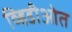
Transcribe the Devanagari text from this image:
व्हिडीओत